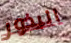
البذور